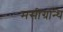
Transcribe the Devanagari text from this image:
मसीग्रन्थि